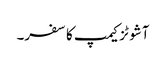
آشوٹزکیمپ کا سفر۔